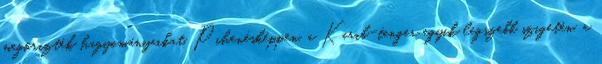
megőrizték hagyományaikat. Pihenésképpen, a Karib-tenger egyik legszebb szigetén, a